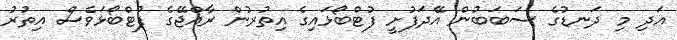
އަދި މި ދަނޑުގެ ސަބަބުން އޭދަފުށީ ފުޓްބޯޅައިގެ އިތުރުން ރާއްޖޭގެ ފުޓްބޯޅަވެސް އިތުރު